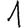
Digit: 1